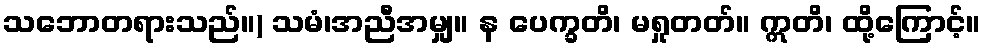
သဘောတရားသည်။) သမံ၊အညီအမျှ။ န ပေက္ခတိ၊ မရှုတတ်။ ဣတိ၊ ထို့ကြောင့်။